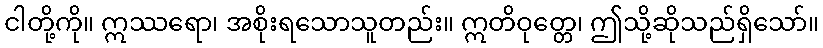
ငါတို့ကို။ ဣဿရော၊ အစိုးရသောသူတည်း။ ဣတိဝုတ္တေ၊ ဤသို့ဆိုသည်ရှိသော်။